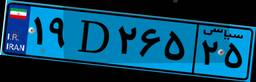
۱۹D۲۶۵۲۵